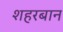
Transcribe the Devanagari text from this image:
शहरबान